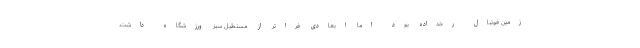
زمین فوتبال رخداده بود اما ابعادی فراتر از مستطیل سبز ورزشگاه داشت.